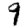
Digit: 9